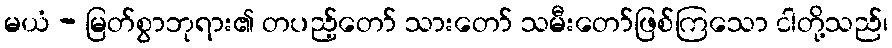
မယံ - မြတ်စွာဘုရား၏ တပည့်တော် သားတော် သမီးတော်ဖြစ်ကြသော ငါတို့သည်၊